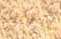
تبكين